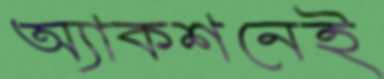
অ্যাকশনেই